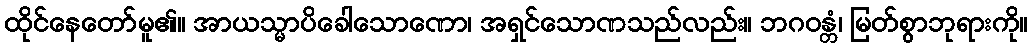
ထိုင်နေတော်မူ၏။ အာယသ္မာပိခေါသောဏော၊ အရှင်သောဏသည်လည်း။ ဘဂဝန္တံ၊ မြတ်စွာဘုရားကို။